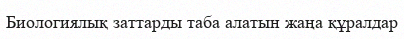
Биологиялық заттарды таба алатын жаңа құралдар